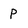
Character: p